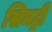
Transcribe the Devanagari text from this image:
सिमट्री